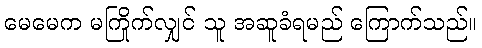
မေမေက မကြိုက်လျှင် သူ အဆူခံရမည် ကြောက်သည်။